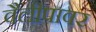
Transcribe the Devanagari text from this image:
वैलीपावर